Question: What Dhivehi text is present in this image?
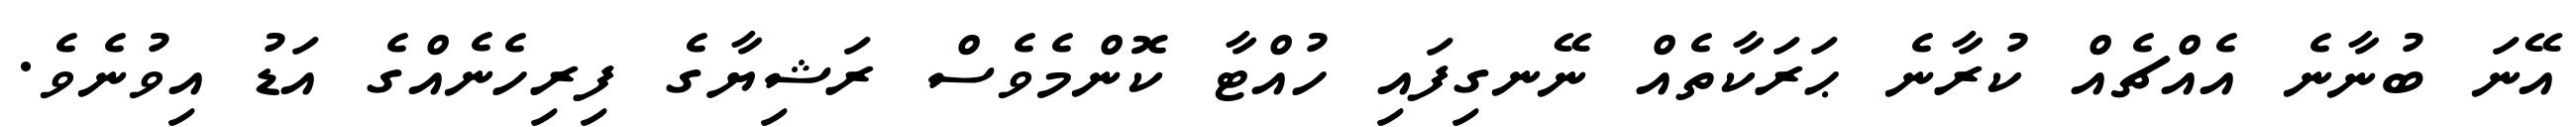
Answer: އޭނަ ބުނާނެ އެއްޗެއް ކުރާނެ ޙަރަކާތެއް ނޭނގިފައި ހުއްޓާ ކޮންމެވެސް ރަޝިޔާގެ ފިރިހެނެއްގެ އަޑު އިވުނެވެ.